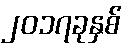
၂၀၁၇ခုနှစ်